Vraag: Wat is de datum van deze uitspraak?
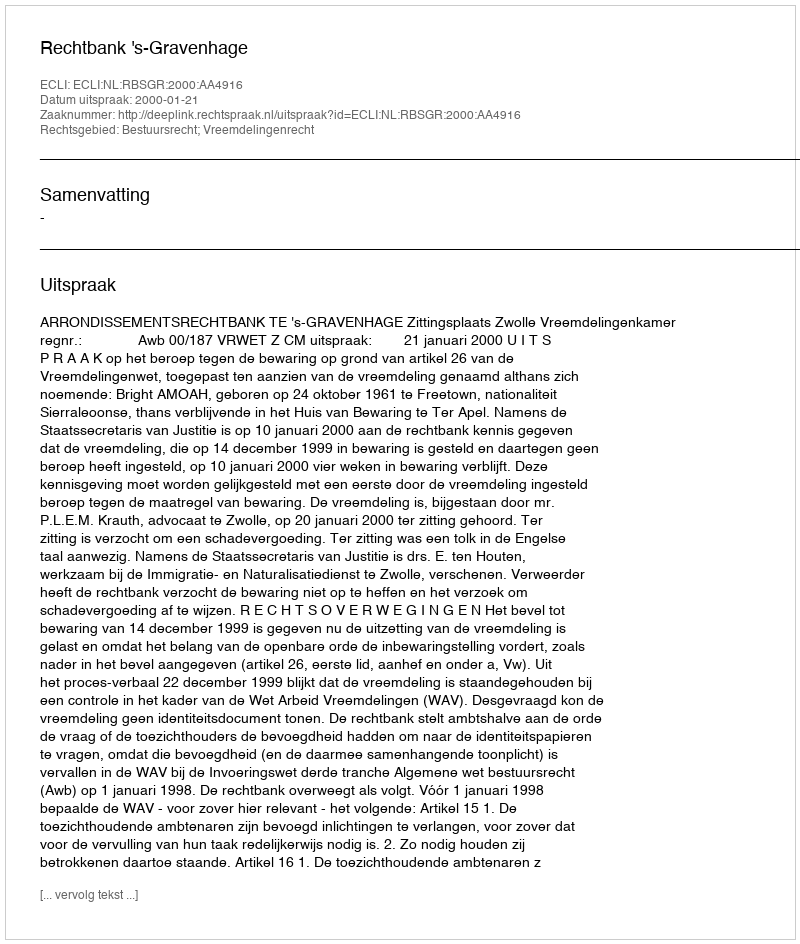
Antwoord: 2000-01-21